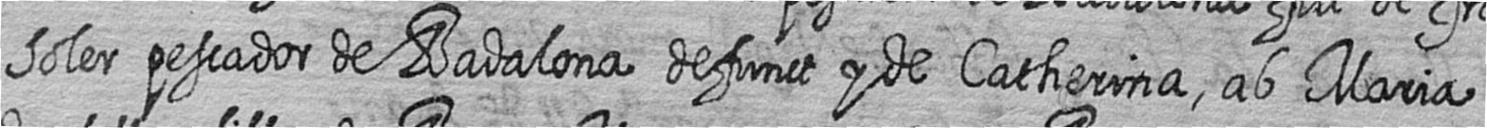
Soler pescador de Badalona defunct y de Catherina ab Maria